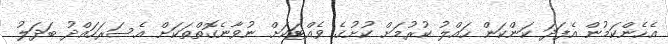
އެހެންކަމުން އެފަދަ ކަންކަން ހައްލު ކުރުމަށް ކުށުގެ ވެއްޓަކަށް ނުވާނެގޮތްތަކަށް އެސަރަހައްދު ބަދަލު